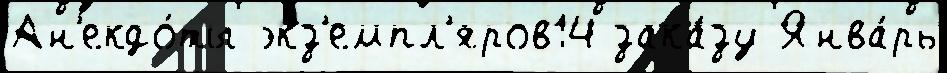
Ан'екдо́ты экз'емпл'яров14 зака́зу Янва́рь